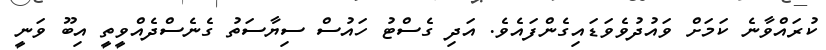
ކުރައްވާނެ ކަމަށް ވައުދުވެވަޑައިގެންފައެވެ. އަދި ގެސްޓު ހައުސް ސިޔާސަތު ގެނެސްދެއްވީތީ އިބޫ ވަނީ